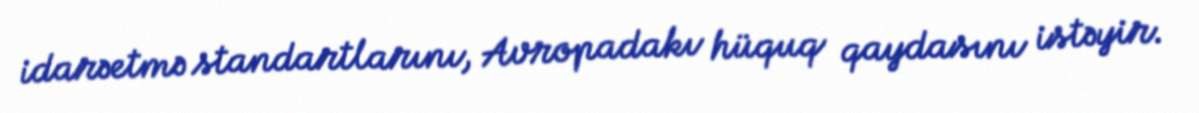
idarəetmə standartlarını, Avropadakı hüquq qaydasını istəyir.